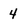
Character: 4